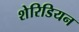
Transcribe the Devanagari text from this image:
शेरिडियन